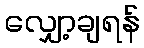
လျှော့ချရန်